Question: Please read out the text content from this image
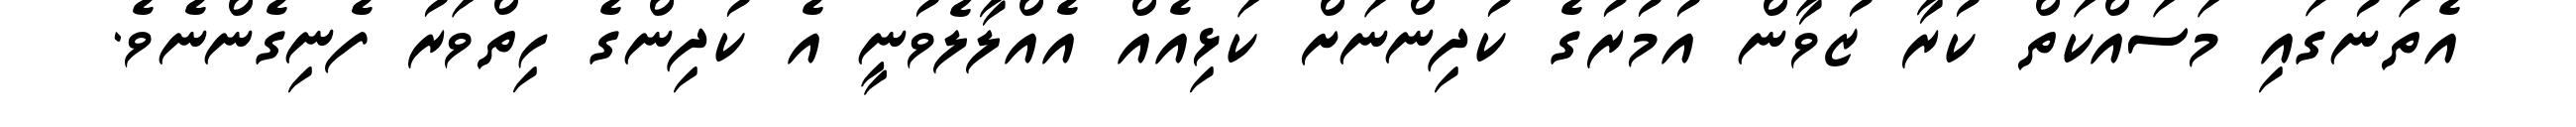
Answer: އެތަނުގައި މަސައްކަތް ކުރާ ޒުވާން އުމުރުގެ ކުދިންނަށް ކަޅިއެއް އެއްލާލެވުނީ އެ ކުދިންގެ ހިތްވަރު ފެނިގެންނެވެ.